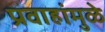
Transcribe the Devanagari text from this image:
प्रवाहांमुळे